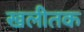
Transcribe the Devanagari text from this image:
खलीतक